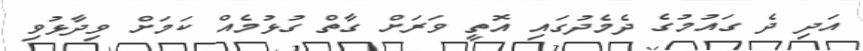
އަދި ދެ ގައުމުގެ ދެމެދުގައި އޮތީ ވަރަށް ގާތް ގުޅުމެއް ކަަމަށް ވިދާޅުވި